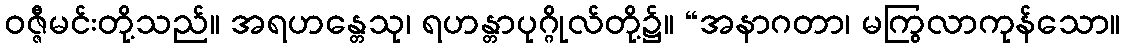
ဝဇ္ဇီမင်းတို့သည်။ အရဟန္တေသု၊ ရဟန္တာပုဂ္ဂိုလ်တို့၌။ “အနာဂတာ၊ မကြွလာကုန်သော။